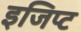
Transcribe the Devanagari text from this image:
इजिप्‍ट